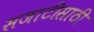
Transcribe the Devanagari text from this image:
सजाटीसाठी